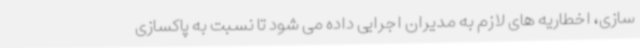
سازی، اخطاریه های لازم به مدیران اجرایی داده می شود تا نسبت به پاکسازی